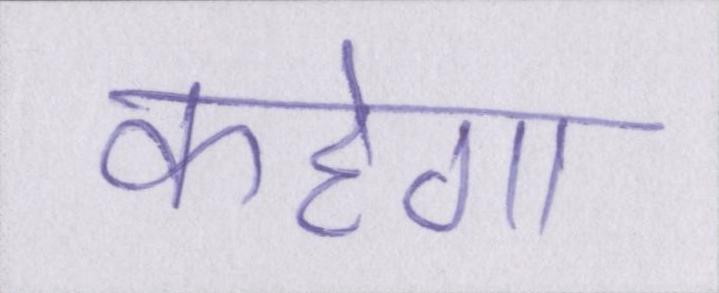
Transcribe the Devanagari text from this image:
कहेगा